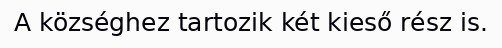
A községhez tartozik két kieső rész is.